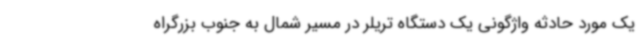
یک مورد حادثه واژگونی یک دستگاه تریلر در مسیر شمال به جنوب بزرگراه